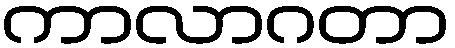
ကာလာဂတာ